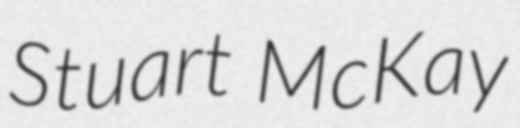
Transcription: Stuart McKay